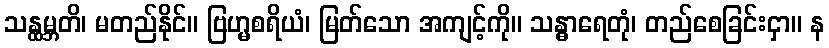
သန္ထမ္ဘတိ၊ မတည်နိုင်။ ဗြဟ္မစရိယံ၊ မြတ်သော အကျင့်ကို။ သန္ဓာရေတုံ၊ တည်စေခြင်းငှာ။ န